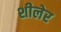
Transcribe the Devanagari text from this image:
शीलेर